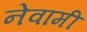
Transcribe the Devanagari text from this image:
नेवामी